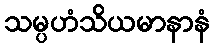
သမ္ပဟံသိယမာနာနံ